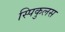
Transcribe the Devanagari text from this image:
स्पिकुलस